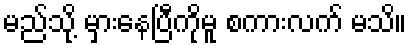
မည်သို့ မှားနေပြီကိုမူ စကားလက် မသိ။